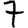
Digit: 7